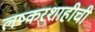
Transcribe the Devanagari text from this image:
लष्करशाहीची